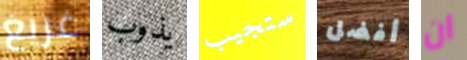
غريغ يذوب ستجيب أفضل ان